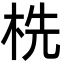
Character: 㭠